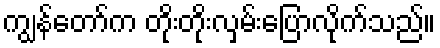
ကျွန်တော်က တိုးတိုးလှမ်းပြောလိုက်သည်။